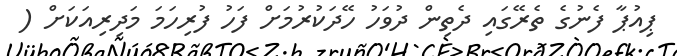
ޕިއުޕާ ފެނުގެ ތެރޭގައި ދެތިން ދުވަހު ހޭދަކުރުމަށް ފަހު ފުރިހަމަ މަދިރިއަކަށް (